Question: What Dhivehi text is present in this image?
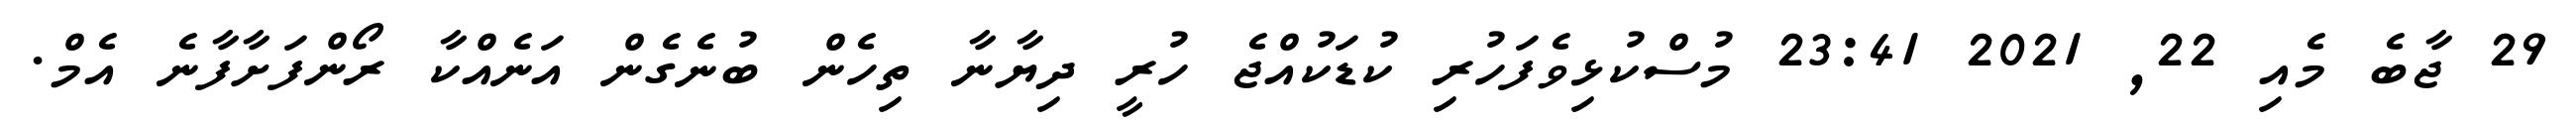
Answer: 29 ޖާބެ މެއި 22, 2021 23:41 މުސްކުޅިވެފަހުރި ކުޑަކުއްޖެ ހުރީ ދިޔާނާ ތިހެން ބުނެގެން އަނެއްކާ ރޯންފަށާފާނެ އެމް.